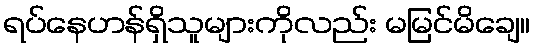
ရပ်နေဟန်ရှိသူများကိုလည်း မမြင်မိချေ။